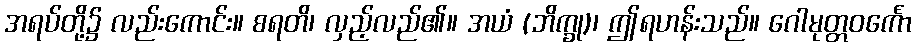
အရပ်တို့၌ လည်းကောင်း။ စရတိ၊ လှည့်လည်၏။ အယံ (ဘိက္ခု)၊ ဤရဟန်းသည်။ ဂေါမုတ္တဝင်္ကော